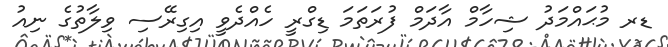
ޑރ މުޙައްމަދު ޝިހާމް އާދަމް ފުރަތަމަ ޑިގްރީ ހެއްދެވީ އިގިރޭސި ވިލާތުގެ ނިއު